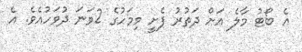
އެ ބޯޓު މާލެ އަށް ދަތުރު ފެށީ މިމަހުގެ 2ވަނަ ދުވަހުއެވެ. އެ